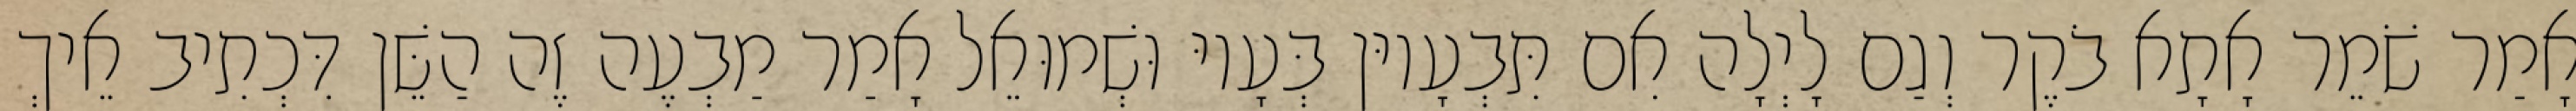
אָמַר שֹׁמֵר אָתָא בֹקֶר וְגַם לָיְלָה אִם תִּבְעָיוּן בְּעָיוּ וּשְׁמוּאֵל אָמַר מַבְעֶה זֶה הַשֵּׁן דִּכְתִיב אֵיךְ